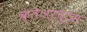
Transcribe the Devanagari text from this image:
क्लेअर्चुट्स